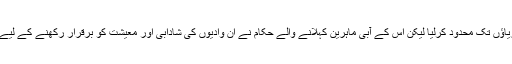
اس پر مجبور ہو کر پاکستان کے ناسمجھ حکمرانوںنے قبول کرکے اپنے آپ کو 3 مغربی دریاﺅں تک محدود کرلیا لیکن اس کے آبی ماہرین کہلانے والے حکام نے ان وادیوں کی شادابی اور معیشت کو برقرار رکھنے کے لیے کسی بھی مضبوط منصوبہ کو زیر حرف نہ لا کر انتہائی مجرمانہ غفلت کے مرتکب ہوئے۔